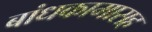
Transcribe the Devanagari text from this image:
बांधकामासह